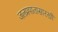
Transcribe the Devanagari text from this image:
जलप्रपातासारखी